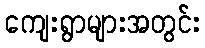
ကျေးရွာများအတွင်း